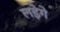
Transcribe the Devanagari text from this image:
लड़ेगे